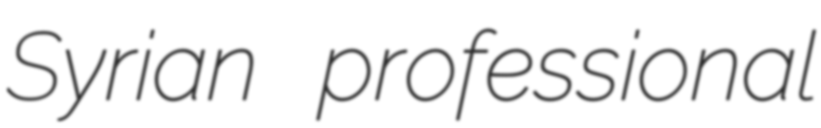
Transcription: Syrian professional